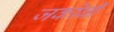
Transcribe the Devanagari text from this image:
जकोबी